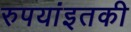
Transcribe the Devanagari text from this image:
रुपयांइतकी